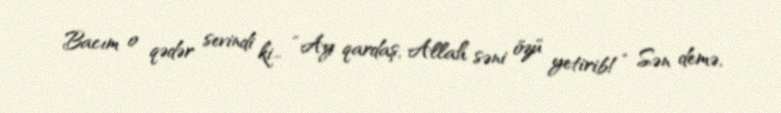
Bacım o qədər sevindi ki... “Ay qardaş, Allah səni özü yetirib!” Sən demə,